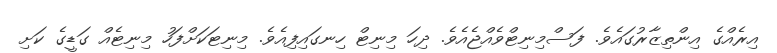
އިރެއްގެ އިންތިޒާރުގައެވެ. ފަސްމިނިޓްވެއްޖެއެވެ. ދިހަ މިނިޓް ހިނގައިފިއެވެ. މިނިޓަކަށްފަހު މިނިޓެއް ގަޑީގެ ކަށި